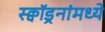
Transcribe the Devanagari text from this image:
स्क्वॉड्रनांमध्ये